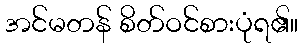
အင်မတန် စိတ်ဝင်စားပုံရ၏။